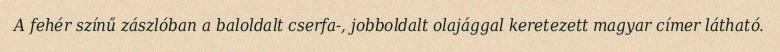
A fehér színű zászlóban a baloldalt cserfa-, jobboldalt olajággal keretezett magyar címer látható.